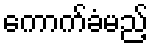
ကောက်ခံမည့်